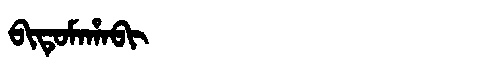
Manchu: ᠪᡳᡨᡠᠮᠠᡥᠠᠪᡳ
Romanization: BITUMAHABI